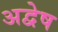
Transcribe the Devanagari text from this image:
अद्वेष